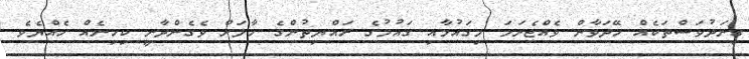
ގިނަދުވަސްތަކެއް ހޭދަވާން ވެއްޖެނަމަ މިގައުމާއި ގައުމުގެ ރައްޔިތުންގެ ހާލަށް ވެގެންދާނީ ކިހިނެއް ހެއްޔެވެ